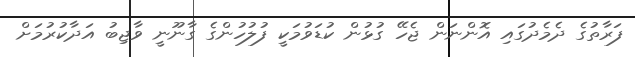
ފަރާތުގެ ދެމެދުގައި އޮންނަން ޖެހޭ ގުޅުން ކުޑަވުމަކީ ފުލުހުންގެ ގާނޫނީ ވާޖިބު އަދާކުރުމަށް